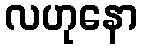
လဟုနော